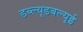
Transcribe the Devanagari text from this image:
डब्ल्यूडबल्यूई